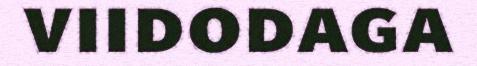
viidodaga